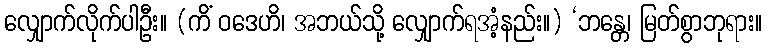
လျှောက်လိုက်ပါဦး။ (ကိံ ဝဒေဟိ၊ အဘယ်သို့ လျှောက်ရအံ့နည်း။) ‘ဘန္တေ၊ မြတ်စွာဘုရား။